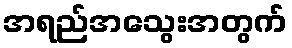
အရည်အသွေးအတွက်